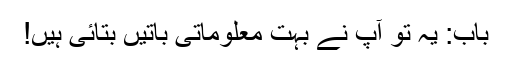
باب: یہ تو آپ نے بہت معلوماتی باتیں بتائی ہیں!